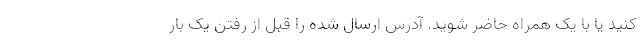
کنید یا با یک همراه حاضر شوید. آدرس ارسال شده را قبل از رفتن یک بار